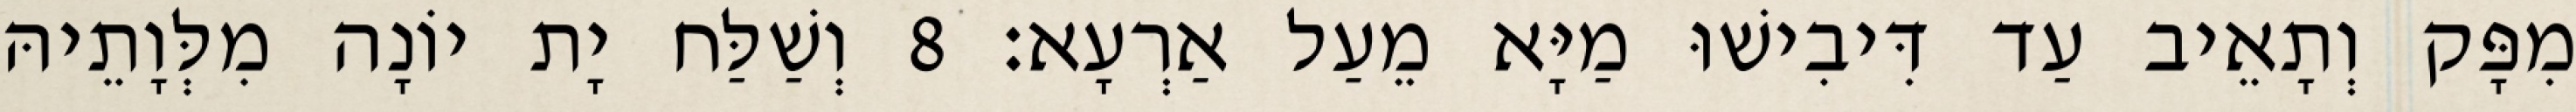
מִפָּק וְתָאֵיב עַד דִּיבִישׁוּ מַיָּא מֵעַל אַרְעָא׃ 8 וְשַׁלַּח יָת יוֹנָה מִלְּוָתֵיהּ